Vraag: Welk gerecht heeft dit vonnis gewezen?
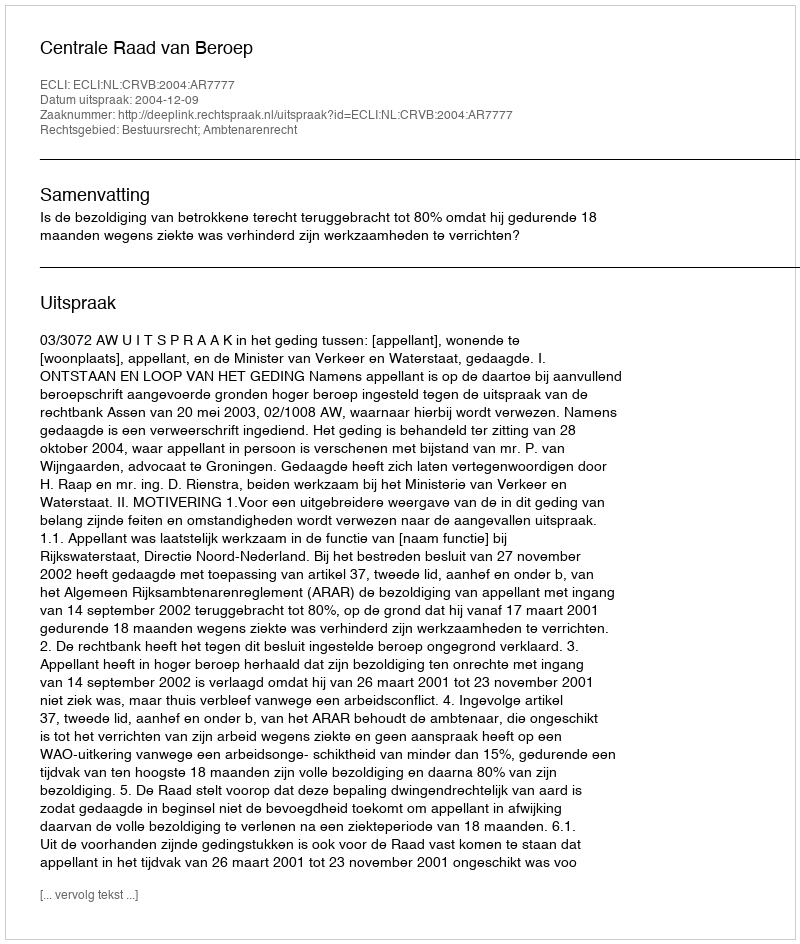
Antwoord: Centrale Raad van Beroep